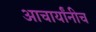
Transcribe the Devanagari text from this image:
आचार्यांनीच